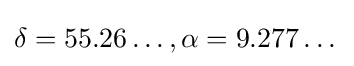
\delta =55.26\dots ,\alpha =9.277\dots